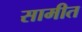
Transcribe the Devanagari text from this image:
सामीत